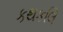
કથકલિ